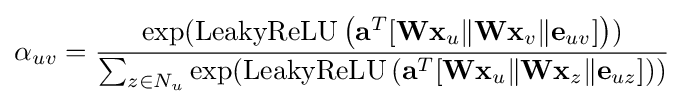
\alpha _{uv}={\frac {\exp({\text{LeakyReLU}}\left(\mathbf {a} ^{T}[\mathbf {W} \mathbf {x} _{u}\Vert \mathbf {W} \mathbf {x} _{v}\Vert \mathbf {e} _{uv}]\right))}{\sum _{z\in N_{u}}\exp({\text{LeakyReLU}}\left(\mathbf {a} ^{T}[\mathbf {W} \mathbf {x} _{u}\Vert \mathbf {W} \mathbf {x} _{z}\Vert \mathbf {e} _{uz}]\right))}}